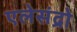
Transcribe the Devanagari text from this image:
एलेसंद्रो